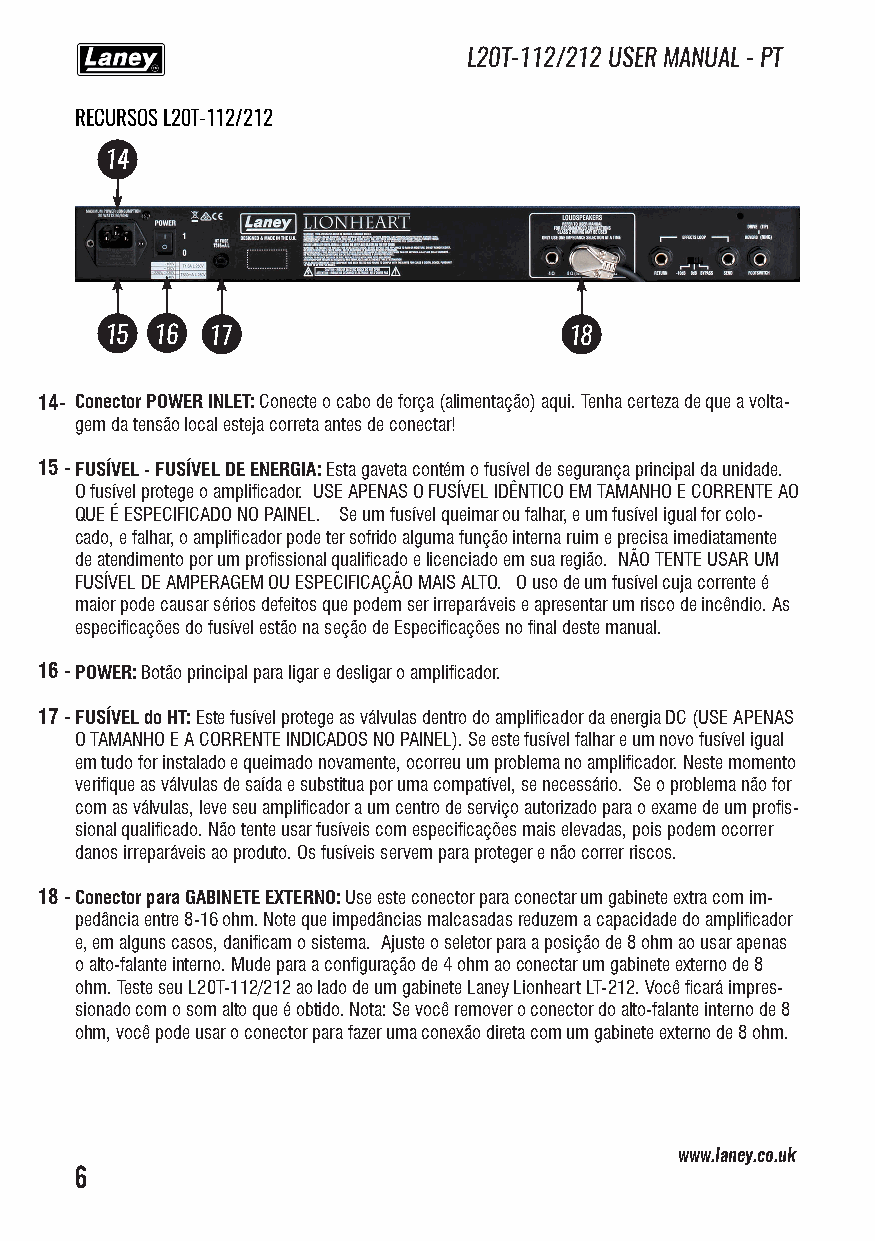
L20T-112/212 USER MANUAL - PT
 RECURSOS L20T-112/212
 14
 15 16  17                      18
 14- Conector POWER INLET: Conecte o cabo de força (alimentação) aqui. Tenha certeza de que a volta-
 gem da tensão local esteja correta antes de conectar!
 15 -FUSÍVEL - FUSÍVEL DE ENERGIA: Esta gaveta contém o fusível de segurança principal da unidade.
 O fusível protege o amplificador. USE APENAS O FUSÍVEL IDÊNTICO EM TAMANHO E CORRENTE AO
 QUE É ESPECIFICADO NO PAINEL. Se um fusível queimar ou falhar, e um fusível igual for colo-
 cado, e falhar, o amplificador pode ter sofrido alguma função interna ruim e precisa imediatamente
 de atendimento por um profissional qualificado e licenciado em sua região. NÃO TENTE USAR UM
 FUSÍVEL DE AMPERAGEM OU ESPECIFICAÇÃO MAIS ALTO. O uso de um fusível cuja corrente é
 maior pode causar sérios defeitos que podem ser irreparáveis e apresentar um risco de incêndio. As
 especificações do fusível estão na seção de Especificações no final deste manual.
 16 -POWER: Botão principal para ligar e desligar o amplificador.
 17 -FUSÍVEL do HT: Este fusível protege as válvulas dentro do amplificador da energia DC (USE APENAS
 O TAMANHO E A CORRENTE INDICADOS NO PAINEL). Se este fusível falhar e um novo fusível igual
 em tudo for instalado e queimado novamente, ocorreu um problema no amplificador. Neste momento
 verifique as válvulas de saída e substitua por uma compatível, se necessário. Se o problema não for
 com as válvulas, leve seu amplificador a um centro de serviço autorizado para o exame de um profis-
 sional qualificado. Não tente usar fusíveis com especificações mais elevadas, pois podem ocorrer
 danos irreparáveis ao produto. Os fusíveis servem para proteger e não correr riscos.
 18 -Conector para GABINETE EXTERNO: Use este conector para conectar um gabinete extra com im-
 pedância entre 8-16 ohm. Note que impedâncias malcasadas reduzem a capacidade do amplificador
 e, em alguns casos, danificam o sistema. Ajuste o seletor para a posição de 8 ohm ao usar apenas
 o alto-falante interno. Mude para a configuração de 4 ohm ao conectar um gabinete externo de 8
 ohm. Teste seu L20T-112/212 ao lado de um gabinete Laney Lionheart LT-212. Você ficará impres-
 sionado com o som alto que é obtido. Nota: Se você remover o conector do alto-falante interno de 8
 ohm, você pode usar o conector para fazer uma conexão direta com um gabinete externo de 8 ohm.
 www.laney.co.uk
 6